Alma_Vaarman, lk 30
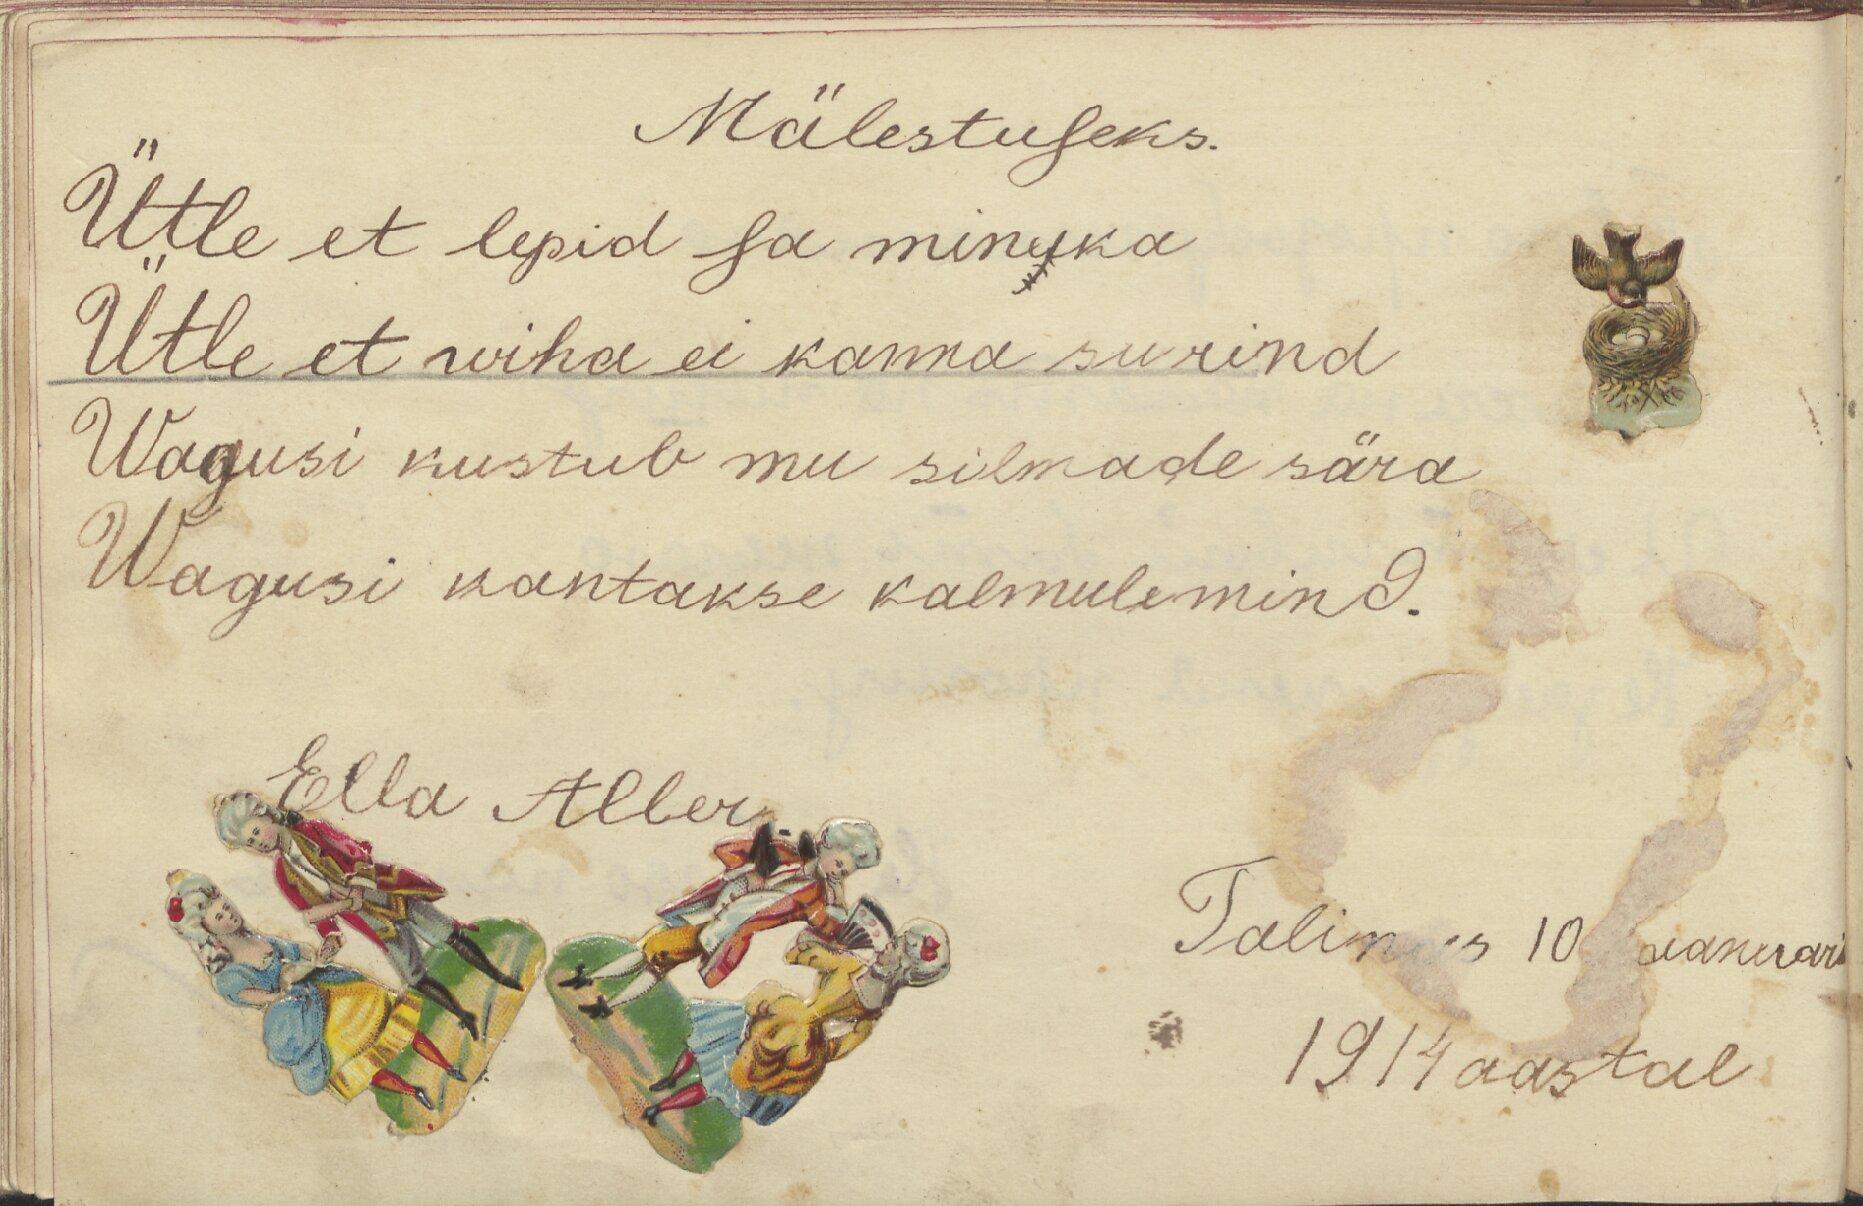
Mälestuseks.
Ütle et lepid sa minuka
Ütle et wiha ei kanna su rind
Wagusi kustub mu silmade sära
Wagusi kantakse kalmule mind.

Ella Aller

Talinas 10 ianuari
1914 aastal